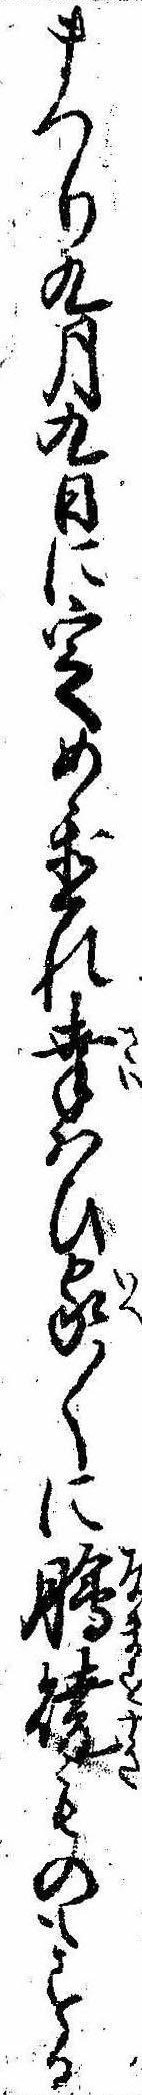
まつり九月九日に定め置れ幸はひ家〱に膾焼ものもする